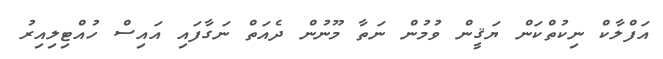
އަފްލާކް ނިކުތްކަން ޔަޤީން ވުމުން ނަތާ މޫނުން ދެއަތް ނަގާފައި އައިސް ހުއްޓިލިއިރު